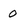
Character: 0